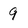
Character: 9